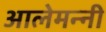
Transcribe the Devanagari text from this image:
आलेमन्नी